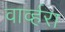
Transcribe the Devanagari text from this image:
वार्व्हरा